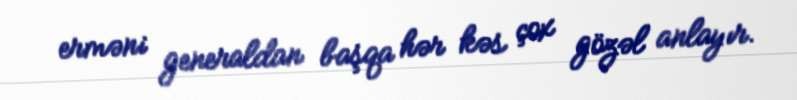
erməni generaldan başqa hər kəs çox gözəl anlayır.